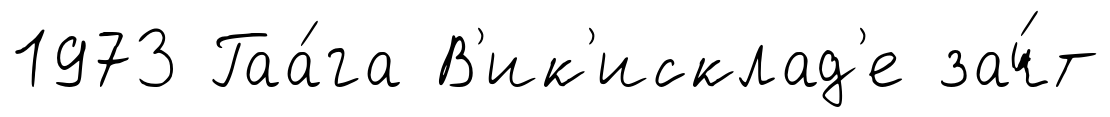
1973 Гаа́га В'ик'исклад'е зач́т